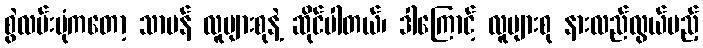
စွဲလမ်းပုံကတော့ သာမန် လူများစုနဲ့ ဆိုင်ပါတယ်၊ ဒါကြောင့် လူများစု နားလည်လွယ်မည့်